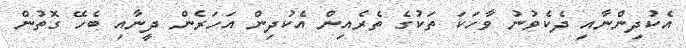
އެކުދިންނާއި ދެކެވުނު ވާހަކަ ތަކުގެ ތެރެއިން އެކުދިން އަހަރެން ދީނާއި ބެހޭ ގޮތުން